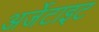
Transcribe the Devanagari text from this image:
अर्जेटाइट